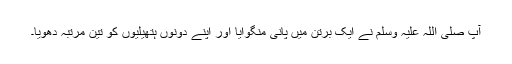
آپ صلی اللہ علیہ وسلم نے ایک برتن میں پانی منگوایا اور اپنے دونوں ہتھیلیوں کو تین مرتبہ دھویا۔